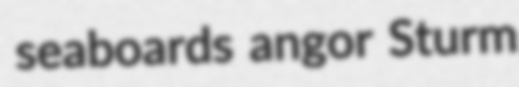
seaboards angor Sturm